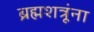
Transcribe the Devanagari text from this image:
ब्रह्मशत्रूंना